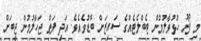
މި ފޯނު ހުޅުވާލުމުން ޓެބްލެޓެއްގެ ސައިޒަށް ބޮޑުވެއެވެ. އަދި ފަތް ޖަހާލުމުން ޖީބަށް